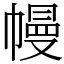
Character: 幔